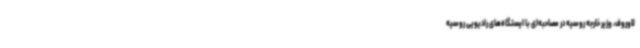
لاوروف، وزیر خارجه روسیه در مصاحبه‌ای با ایستگاه‌های رادیویی روسیه